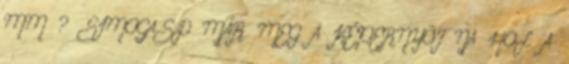
MM ? SIMOGASD MÁR MEG A KÉPERNYÕT NA HOL A